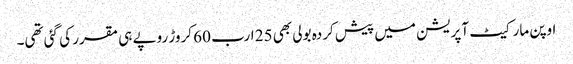
اوپن مارکیٹ آپریشن میں پیش کردہ بولی بھی 25 ارب 60 کروڑ روپے ہی مقرر کی گئی تھی۔